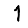
Digit: 1